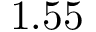
1 . 5 5